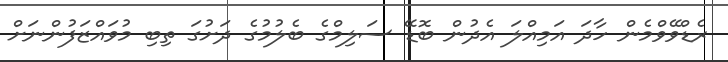
ރެޑްވޭވްމެން ހާދަ އަމިއްލަ އެދުން ބޮޑޭ ސަލިމްގެ ބެލުމުގެ ދަށުގަ ތިބި މުވައްޒަފުންނަށް